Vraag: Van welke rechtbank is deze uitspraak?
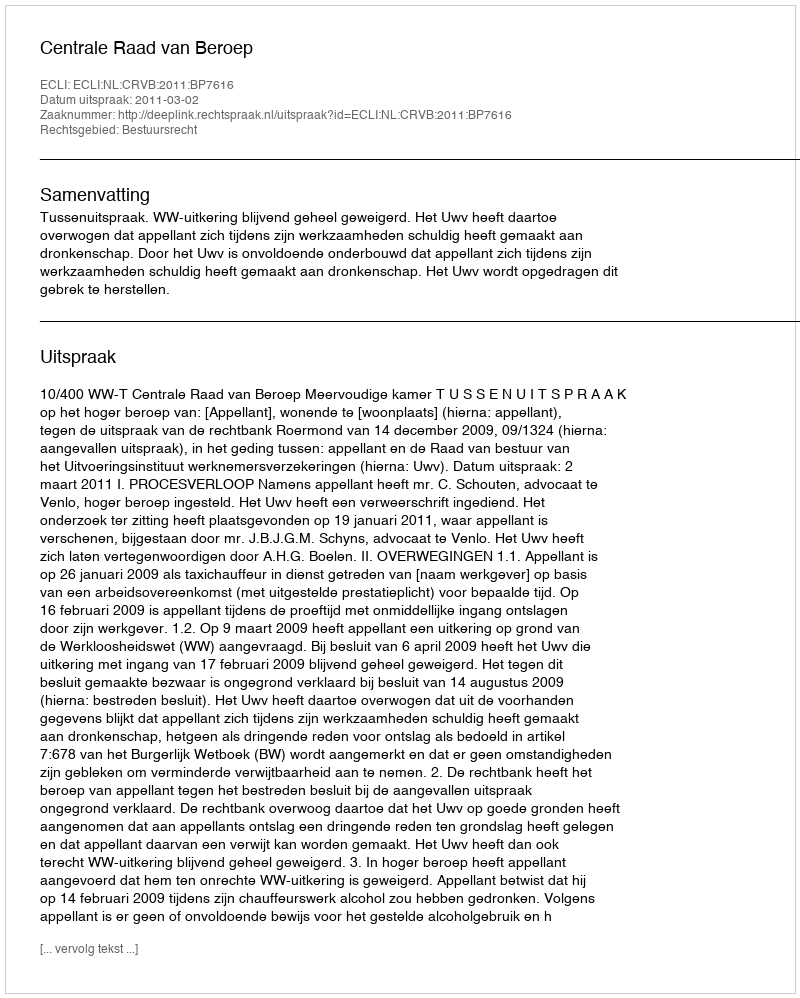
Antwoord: Centrale Raad van Beroep